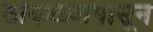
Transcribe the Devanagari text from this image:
ठोकळ्यापासून